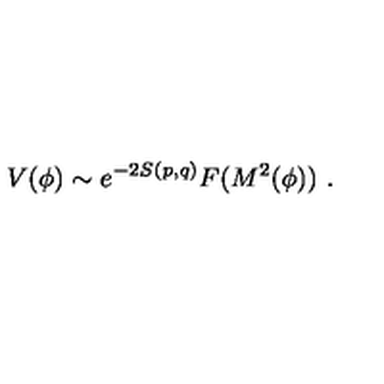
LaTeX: V ( \phi ) \sim { e ^ { - 2 S ( p , q ) } } F ( M ^ { 2 } ( \phi ) ) \ .